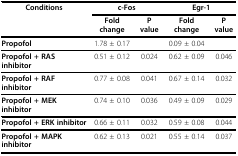
| Conditions | <COLSPAN=2> c-Fos | <COLSPAN=2> Egr-1 |
 |  | Fold change | P value | Fold change | P value |
 | --- | --- | --- | --- | --- |
 | Propofol | 1.78 ± 0.17 |  | 0.09 ± 0.04 |  |
 | Propofol + RAS inhibitor | 0.51 ± 0.12 | 0.024 | 0.62 ± 0.09 | 0.046 |
 | Propofol + RAF inhibitor | 0.77 ± 0.08 | 0.041 | 0.67 ± 0.14 | 0.032 |
 | Propofol + MEK inhibitor | 0.74 ± 0.10 | 0.036 | 0.49 ± 0.09 | 0.029 |
 | Propofol + ERK inhibitor | 0.66 ± 0.11 | 0.032 | 0.59 ± 0.08 | 0.044 |
 | Propofol + MAPK inhibitor | 0.62 ± 0.13 | 0.021 | 0.55 ± 0.14 | 0.037 |